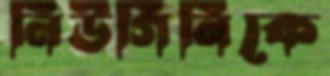
নিউগিনিকে